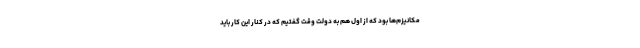
مکانیزم‌ها بود که از اول هم به دولت وقت گفتیم که در کنار این کار باید